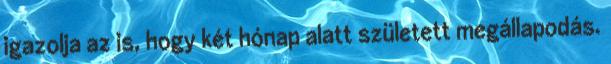
igazolja az is, hogy két hónap alatt született megállapodás.